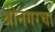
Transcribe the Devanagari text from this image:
श्रीनगरचा